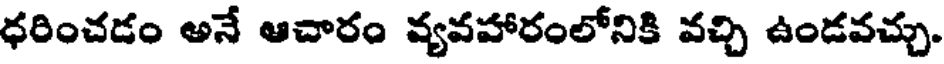
ధరించడం అనే ఆచారం వ్యవహారంలోనికి వచ్చి ఉండవచ్చు.